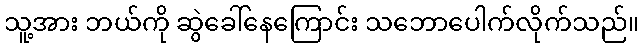
သူ့အား ဘယ်ကို ဆွဲခေါ်နေကြောင်း သဘောပေါက်လိုက်သည်။